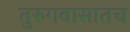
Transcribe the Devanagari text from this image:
तुरुगवासातच